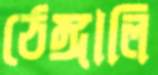
ঠেঙ্গালি